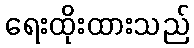
ရေးထိုးထားသည်